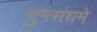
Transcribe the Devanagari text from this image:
युगसंघमे